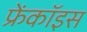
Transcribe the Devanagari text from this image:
फ्रेंकॉइस